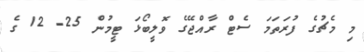
މި މެޗުގެ ފުރަތަމަ ސެޓް ރާއްޖޭގެ ވޮލީބޯޅަ ޓީމުން 25- 12 ގެ